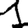
Digit: 1